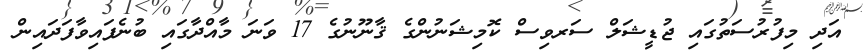
އަދި މިފުރުސަތުގައި ޖުޑީޝަލް ސަރވިސް ކޮމިޝަނުންގެ ޤާނޫނުގެ 17 ވަނަ މާއްދާގައި ބުނެފައިވާފަދައިން